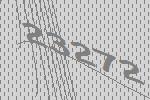
23272